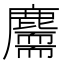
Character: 𪋣